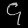
Digit: ၄